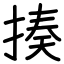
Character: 揍